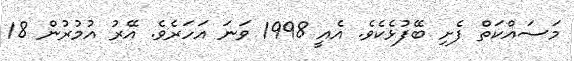
މަސައްކަތް ފެށި ބޭފުޅެކެވެ. އެއީ 1998 ވަނަ އަހަރެވެ. އޭރު އުމުރުން 18